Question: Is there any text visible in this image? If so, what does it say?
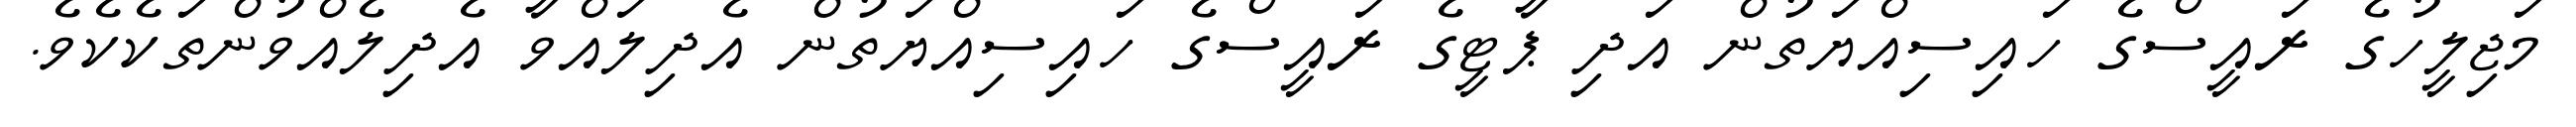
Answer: މަޖިލީހުގެ ރައީސްގެ ހައިސިއްޔަތުން އަދި ޕާޓީގެ ރައީސްގެ ހައިސިއްޔަތުން އެދިލައްވާ އެދިލެއްވުންތަކެކެވެ.